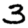
Digit: 3